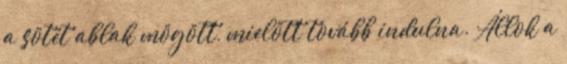
a sötét ablak mögött, mielőtt tovább indulna. Állok a